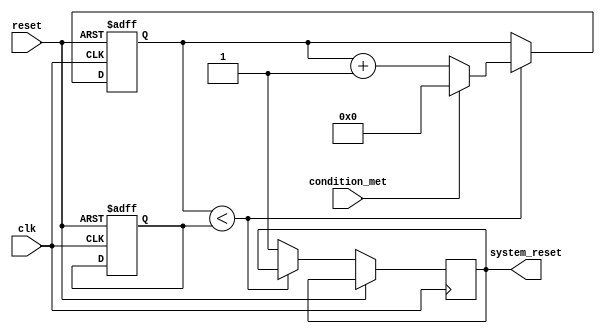
module Watchdog_timer (
    input wire clk,
    input wire reset,
    input wire condition_met,
    output reg system_reset
);

reg [31:0] timeout_period;
reg [31:0] timer_counter;

parameter TIMER_MAX = 32'd1000000; // specify timeout value here 

always @(posedge clk or posedge reset) begin
    if (reset) begin
        timer_counter <= 0;
    end else begin
        if (timer_counter < timeout_period) begin
            if (condition_met) begin
                timer_counter <= 0;
            end else begin
                timer_counter <= timer_counter + 1;
            end
        end else begin
            system_reset <= 1;
        end
    end
end

always @(posedge clk or posedge reset) begin
    if (reset) begin
        timeout_period <= TIMER_MAX; // set timeout value here
    end else begin
        // logic for setting timeout period registers
    end
end

endmodule